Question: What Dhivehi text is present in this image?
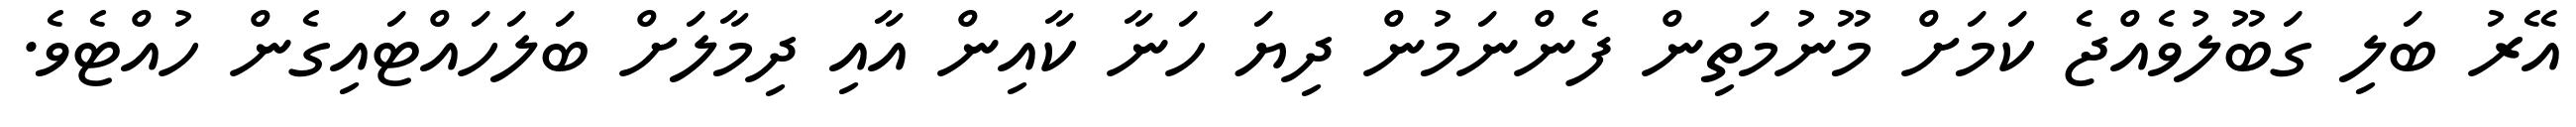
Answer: އޭރު ބަލި ގަބޫލުވެއްޖެ ކަމަށް މޫނުމަތިން ފެންނަމުން ދިޔަ ހަނާ ކާއިން އާއި ދިމާލަށް ބަލަހައްޓައިގެން ހުއްޓެވެ.